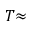
T { \approx }